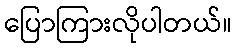
ပြောကြားလိုပါတယ်။